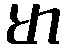
မာ